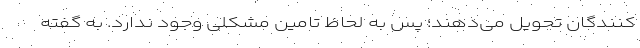
کنندگان تحویل می‌دهند؛ پس به لحاظ تامین مشکلی وجود ندارد. به گفته